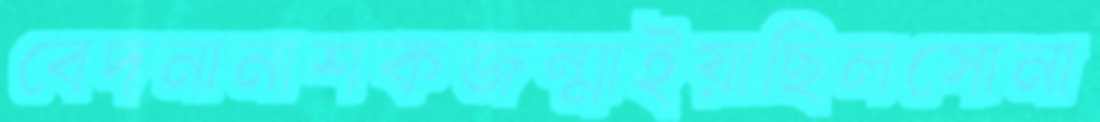
বেদনানাশকজন্মাইয়াছিলসোনা